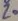
Text: Z0